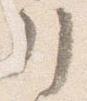
引